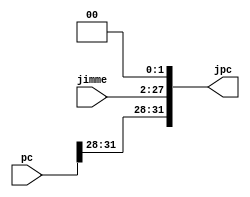
`timescale 1ns / 1ps
//////////////////////////////////////////////////////////////////////////////////
// Company: 
// Engineer: 
// 
// Design Name: 
// Module Name: Jext
// Project Name: 
// Target Devices: 
// Tool Versions: 
// Description: 
// 
// Dependencies: 
// 
// Revision:
// Revision 0.01 - File Created
// Additional Comments:
// 
//////////////////////////////////////////////////////////////////////////////////


module Jext(pc, jimme, jpc);
    input [31:0] pc;
    input [25:0] jimme;
    output [31:0] jpc;
    assign jpc[27:2] = jimme[25:0];
    assign jpc[1:0] = 2'b00;
    assign jpc[31:28] = pc[31:28];
endmodule